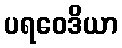
ပရဝေဒိယာ